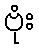
ဗုံး